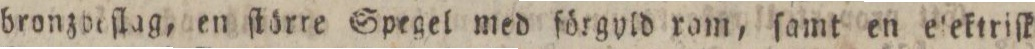
bronzdeſlag, en ſtörre Spegel med förgvld ram, ſamt en elektriſk